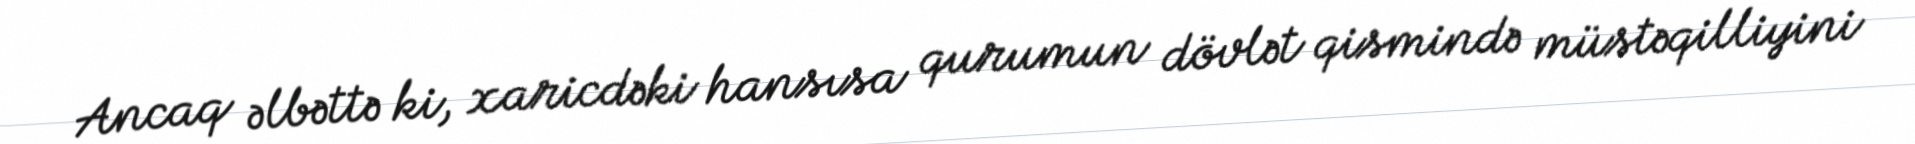
Ancaq əlbəttə ki, xaricdəki hansısa qurumun dövlət qismində müstəqilliyini